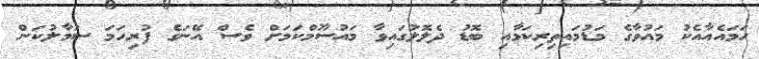
ހަމައެއާއެކު މައުވާގެ މަޑުމައިތިރިކަމާއި ބޮޑު ދެލޮލުގައިވާ މައުސޫމްކަމަށް ވެސް އޭނަގެ ފުރިހަމަ ސަމާލުކަން